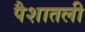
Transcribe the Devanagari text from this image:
पैशातली